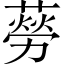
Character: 𦺜